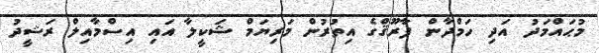
މުޙައްމަދު އަދި ހަމްދާން ފާރޫޤްގެ އިތުރުން މަރިޔަމް ޝަކީލާ އައި އިސްމާއިލް ރަޝީދު